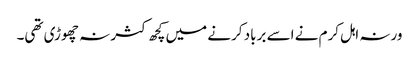
ورنہ اہل کرم نے اسے برباد کرنے میں کچھ کثر نہ چھوڑی تھی۔